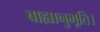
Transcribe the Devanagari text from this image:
बाह्यानुभूति।